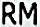
RM